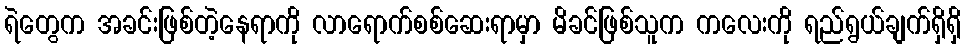
ရဲတွေက အခင်းဖြစ်တဲ့နေရာကို လာရောက်စစ်ဆေးရာမှာ မိခင်ဖြစ်သူက ကလေးကို ရည်ရွယ်ချက်ရှိရှိ